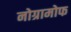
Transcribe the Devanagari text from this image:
नोग्रामोफ